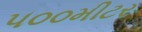
૫૦૦મીટર